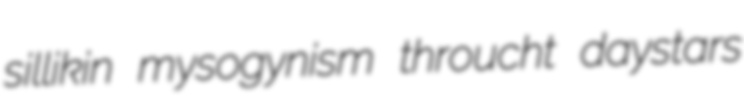
sillikin mysogynism throucht daystars